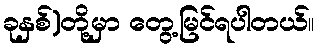
ခုနှစ်)တို့မှာ တွေ့မြင်ရပါတယ်။